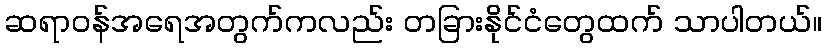
ဆရာဝန်အရေအတွက်ကလည်း တခြားနိုင်ငံတွေထက် သာပါတယ်။